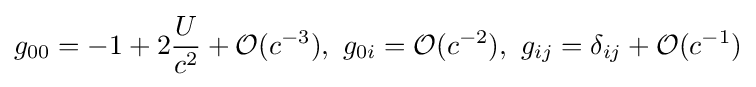
g_{00}=-1+2{\frac {U}{c^{2}}}+{\mathcal {O}}(c^{-3}),~g_{0i}={\mathcal {O}}(c^{-2}),~g_{ij}=\delta _{ij}+{\mathcal {O}}(c^{-1})